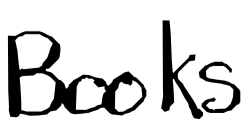
Text: Books
Cross-out: clean
Writing tool: digital_black